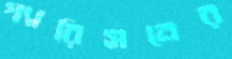
গ্যারিসনের